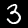
Label: 3